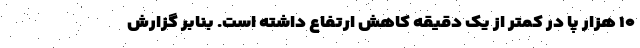
۱۰ هزار پا در کمتر از یک دقیقه کاهش ارتفاع داشته است. بنابر گزارش